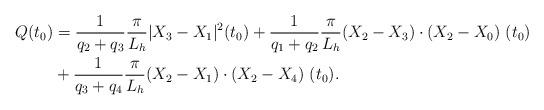
LaTeX: \begin{align*}Q(t_0)&=\frac{1}{q_{2}+q_{3}}\frac{\pi}{L_h}|X_{3}-X_{1}|^2 (t_0)+\frac{1}{q_{1}+q_{2}}\frac{\pi}{L_h}(X_2-X_{3})\cdot(X_2-X_{0})\ (t_0)\\&+\frac{1}{q_{3}+q_{4}}\frac{\pi}{L_h}(X_2-X_{1})\cdot(X_{2}-X_{4})\ (t_0).\end{align*}